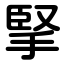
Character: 掔